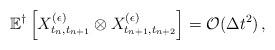
LaTeX: \begin{align*}\mathbb{E}^\dagger \left[ X^{(\epsilon)}_{t_n,t_{n+1}} \otimes X^{(\epsilon)}_{t_{n+1},t_{n+2}}\right] = \mathcal{O}(\Delta t^2) \,,\end{align*}